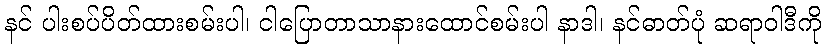
နင် ပါးစပ်ပိတ်ထားစမ်းပါ၊ ငါပြောတာသာနားထောင်စမ်းပါ နာဒါ၊ နင်ဓာတ်ပုံ ဆရာဝါဒီကို